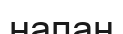
напан